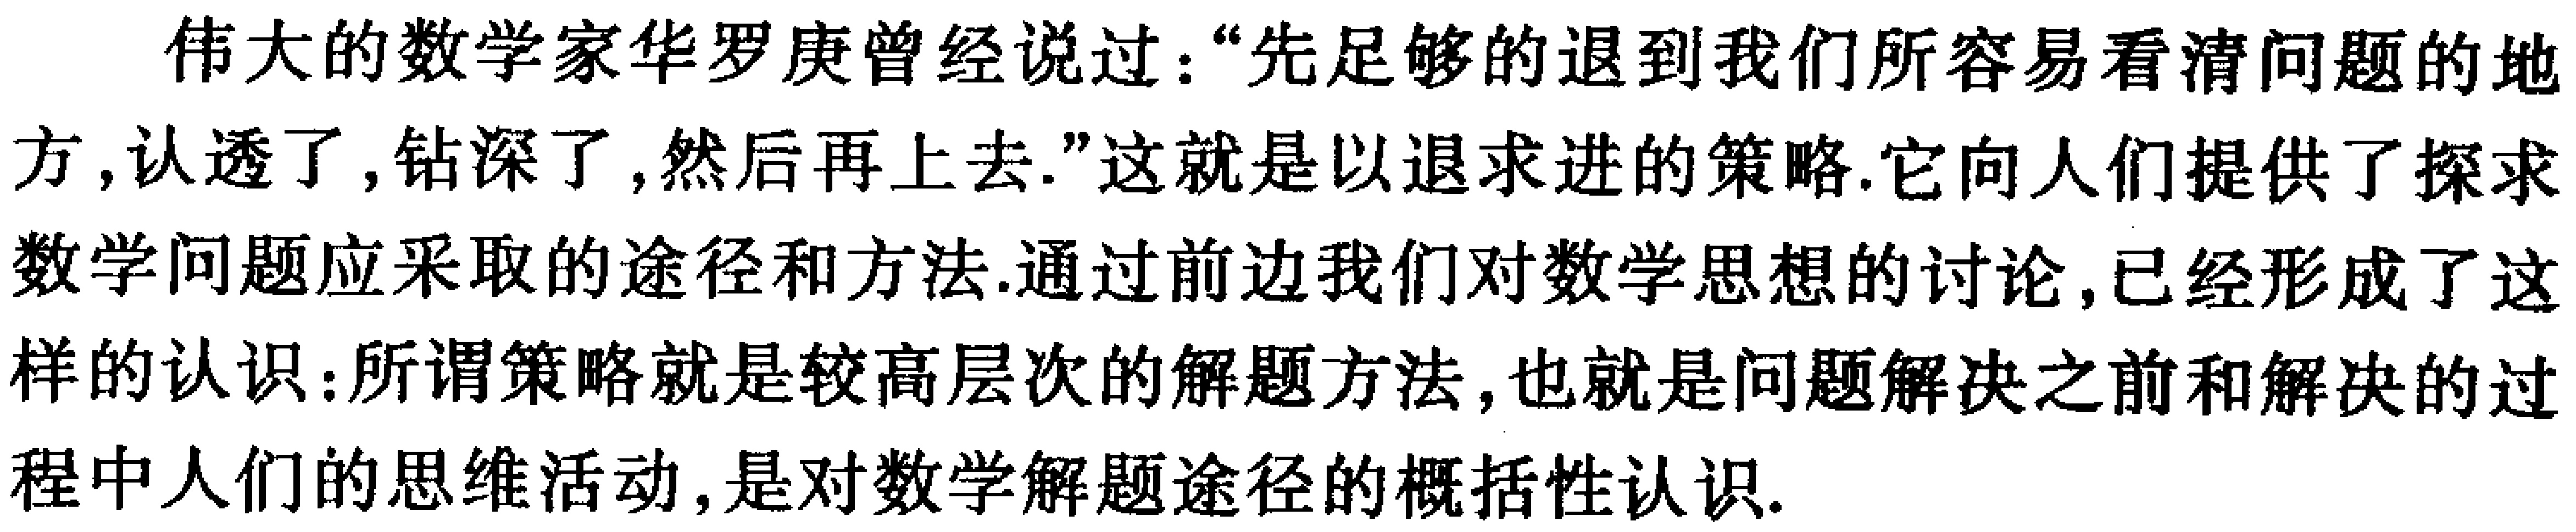
伟大的数学家华罗庚曾经说过：“先足够的退到我们所容易看清问题的地方, 认透了, 钻深了, 然后再上去.”这就是以退求进的策略. 它向人们提供了探求数学问题应采取的途径和方法. 通过前边我们对数学思想的讨论, 已经形成了这样的认识：所谓策略就是较高层次的解题方法, 也就是问题解决之前和解决的过程中人们的思维活动, 是对数学解题途径的概括性认识.